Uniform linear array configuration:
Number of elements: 8
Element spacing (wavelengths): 0.5
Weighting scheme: hamming
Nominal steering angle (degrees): -60
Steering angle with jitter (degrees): -58.907
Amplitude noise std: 0.05
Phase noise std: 0.05

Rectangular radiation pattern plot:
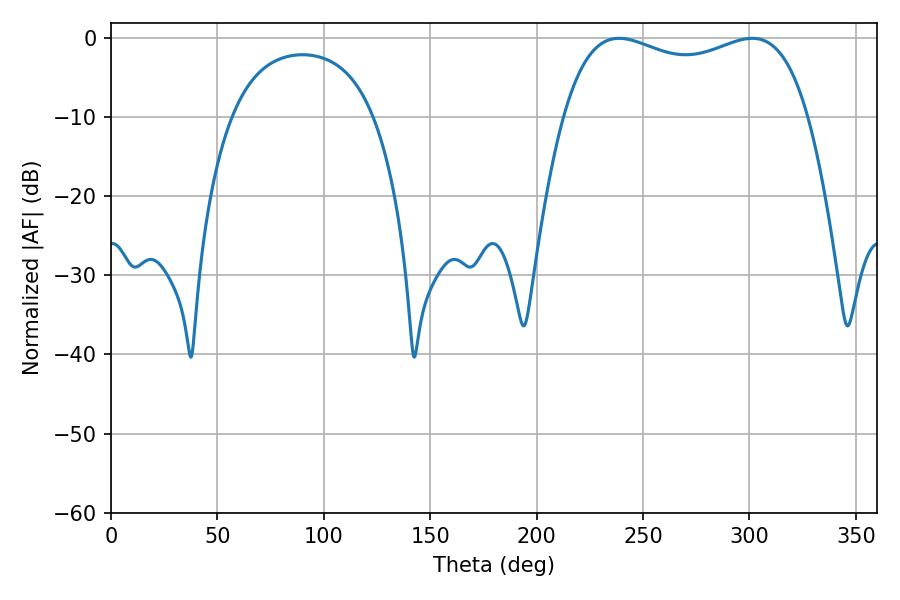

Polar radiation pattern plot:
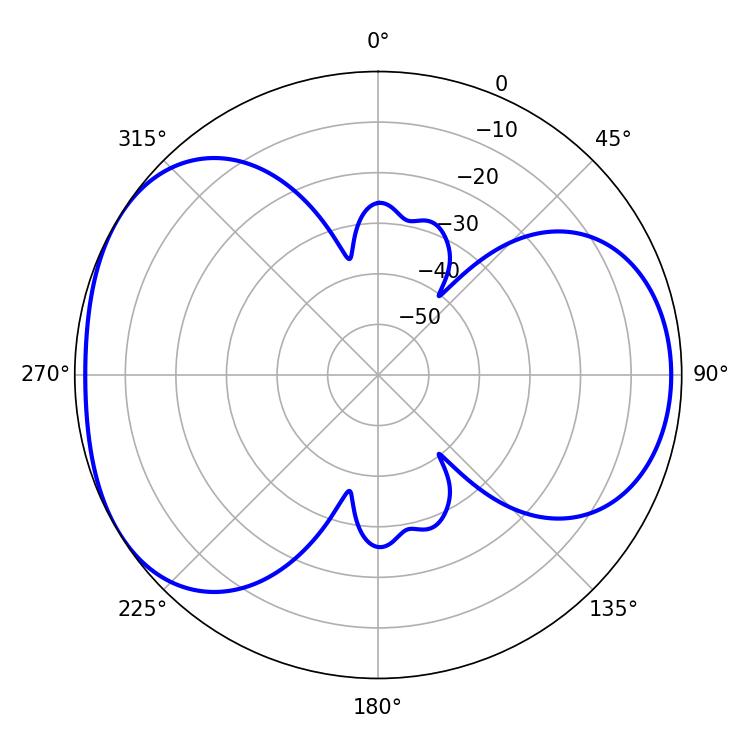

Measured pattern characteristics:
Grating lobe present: FALSE
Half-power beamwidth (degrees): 94.32
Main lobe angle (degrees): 238.68